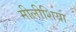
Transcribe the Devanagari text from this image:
मीलीशिया